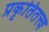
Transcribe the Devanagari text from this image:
प्रकृतितत्त्व